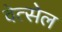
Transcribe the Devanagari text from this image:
वेत्सेल